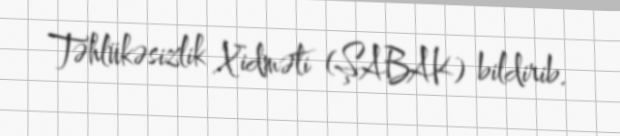
Təhlükəsizlik Xidməti (ŞABAK) bildirib.